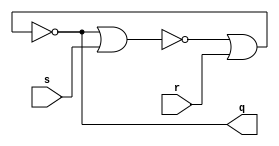
module latcht (
	input s,r,
	output q
);
	wire s1,s2;
	assign s2 = ~(s1 | s);
	assign s1 = ~(s2 | r); 
	assign q = s1;
	
	
endmodule